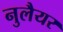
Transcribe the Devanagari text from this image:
नुलैयर